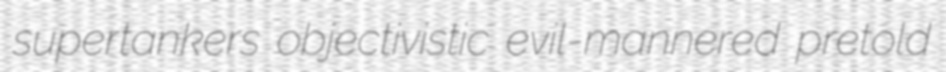
supertankers objectivistic evil-mannered pretold